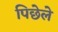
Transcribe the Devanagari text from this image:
पिछेले